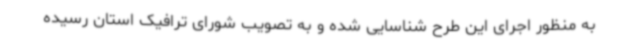
به منظور اجرای این طرح شناسایی شده و به تصویب شورای ترافیک استان رسیده